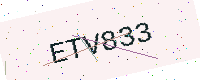
Text: ETV833